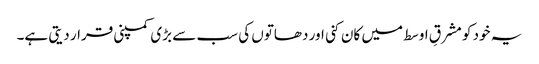
یہ خود کو مشرقِ اوسط میں کان کنی اور دھاتوں کی سب سے بڑی کمپنی قرار دیتی ہے۔